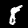
Digit: 8